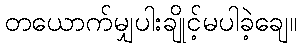
တယောက်မျှပါးချိုင့်မပါခဲ့ချေ။